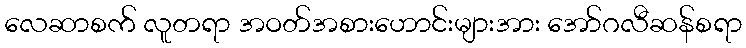
လေဆာစက် လူတရာ အဝတ်အစားဟောင်းများအား အော်ဂလီဆန်စရာ